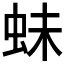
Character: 𧉿